Tezpur Lunatic Asylum reports 1895-1904 - 1895-1904
Year: 1895
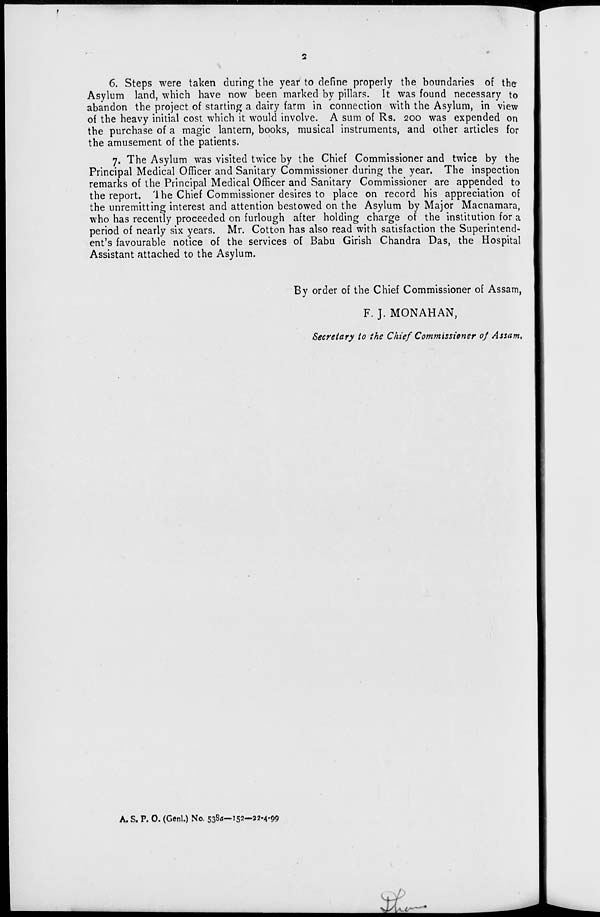
6. Steps were taken during the year to define properly the boundaries of the
Asylum land, which have now been marked by pillars. It was found necessary to
abandon the project of starting a dairy farm in connection with the Asylum, in view
of the heavy initial cost which it would involve. A sum of Rs. 200 was expended on
the purchase of a magic lantern, books, musical instruments, and other articles for
the amusement of the patients.
7. The Asylum was visited twice by the Chief Commissioner and twice by the
Principal Medical Officer and Sanitary Commissioner during the year. The inspection
remarks of the Principal Medical Officer and Sanitary Commissioner are appended to
the report. 1 he Chief Commissioner desires to place on record his appreciation of
the unremitting interest and attention bestowed on the Asylum by Major Macnamara,
who has recently proceeded on furlough after holding charge of the institution for a
period of nearly six years. Mr. Cotton has also read with satisfaction the Superintend-
ent's favourable notice of the services of Babu Girish Chandra Das, the Hospital
Assistant attached to the Asylum.
By order of the Chief Commissioner of Assam,
F. J. MONAHAN,
Secretary to the Chief Commissioner of Assam.
A. S. P. 0. (Genl.) No. 5383—152—22-4*99